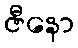
ဇီနော